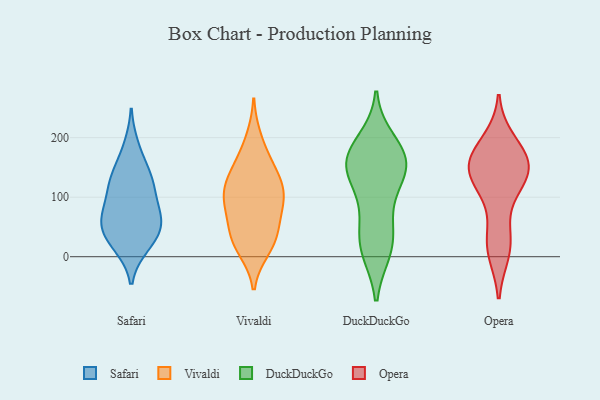
{"axis": {"x": "Bounce Rate (%)", "y": "Value"}, "legend": ["DuckDuckGo", "Opera", "Safari", "Vivaldi"], "data": [{"x": "", "y": 36, "type": "Safari"}, {"x": "", "y": 61, "type": "Safari"}, {"x": "", "y": 184, "type": "Safari"}, {"x": "", "y": 122, "type": "Safari"}, {"x": "", "y": 121, "type": "Safari"}, {"x": "", "y": 82, "type": "Safari"}, {"x": "", "y": 147, "type": "Safari"}, {"x": "", "y": 125, "type": "Safari"}, {"x": "", "y": 23, "type": "Safari"}, {"x": "", "y": 19, "type": "Safari"}, {"x": "", "y": 60, "type": "Safari"}, {"x": "", "y": 74, "type": "Safari"}, {"x": "", "y": 51, "type": "Safari"}, {"x": "", "y": 141, "type": "Vivaldi"}, {"x": "", "y": 116, "type": "Vivaldi"}, {"x": "", "y": 45, "type": "Vivaldi"}, {"x": "", "y": 44, "type": "Vivaldi"}, {"x": "", "y": 32, "type": "Vivaldi"}, {"x": "", "y": 162, "type": "Vivaldi"}, {"x": "", "y": 18, "type": "Vivaldi"}, {"x": "", "y": 104, "type": "Vivaldi"}, {"x": "", "y": 88, "type": "Vivaldi"}, {"x": "", "y": 145, "type": "Vivaldi"}, {"x": "", "y": 79, "type": "Vivaldi"}, {"x": "", "y": 13, "type": "Vivaldi"}, {"x": "", "y": 102, "type": "Vivaldi"}, {"x": "", "y": 198, "type": "Vivaldi"}, {"x": "", "y": 106, "type": "Vivaldi"}, {"x": "", "y": 192, "type": "DuckDuckGo"}, {"x": "", "y": 105, "type": "DuckDuckGo"}, {"x": "", "y": 26, "type": "DuckDuckGo"}, {"x": "", "y": 164, "type": "DuckDuckGo"}, {"x": "", "y": 12, "type": "DuckDuckGo"}, {"x": "", "y": 154, "type": "DuckDuckGo"}, {"x": "", "y": 159, "type": "DuckDuckGo"}, {"x": "", "y": 58, "type": "DuckDuckGo"}, {"x": "", "y": 135, "type": "DuckDuckGo"}, {"x": "", "y": 167, "type": "DuckDuckGo"}, {"x": "", "y": 16, "type": "DuckDuckGo"}, {"x": "", "y": 158, "type": "DuckDuckGo"}, {"x": "", "y": 191, "type": "Opera"}, {"x": "", "y": 140, "type": "Opera"}, {"x": "", "y": 170, "type": "Opera"}, {"x": "", "y": 19, "type": "Opera"}, {"x": "", "y": 146, "type": "Opera"}, {"x": "", "y": 31, "type": "Opera"}, {"x": "", "y": 140, "type": "Opera"}, {"x": "", "y": 135, "type": "Opera"}, {"x": "", "y": 11, "type": "Opera"}, {"x": "", "y": 165, "type": "Opera"}, {"x": "", "y": 109, "type": "Opera"}, {"x": "", "y": 162, "type": "Opera"}]}